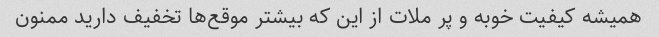
همیشه کیفیت خوبه و پر ملات از این که بیشتر موقع‌ها تخفیف دارید ممنون